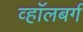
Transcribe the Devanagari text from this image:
व्हाॅलबर्ग